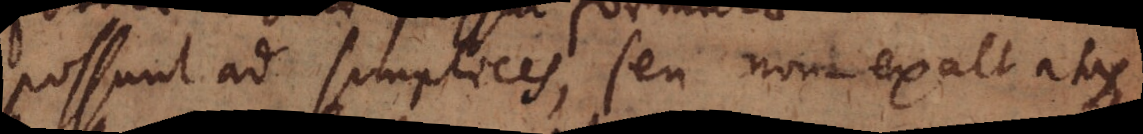
possunt ad simplices, seu non exaltatas,